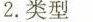
2.类型